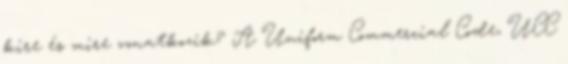
kire és mire vonatkozik? A Uniform Commercial Code, UCC